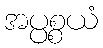
အပ္ပစ္စယံ